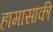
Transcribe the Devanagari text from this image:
हामासाकी